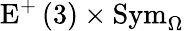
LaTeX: \mathrm{E}^{+}\left(3\right)\times\mathrm{Sym}_{\Omega}